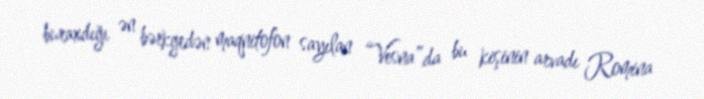
buraxdığı ən bərkgedən maqnitofon sayılan “Vesna”da bu kişinin arvadı Romina